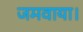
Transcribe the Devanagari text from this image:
जमवाया।